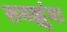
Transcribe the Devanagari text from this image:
समझूंगा